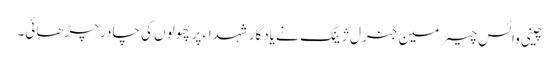
چینی وائس چیئرمین جنرل ژینگ نے یادگار شہداء پر پھولوں کی چادر چڑھائی۔